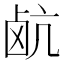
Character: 𮭰